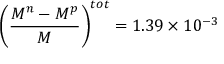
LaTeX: \left( \frac { M ^ { n } - M ^ { p } } { M } \right) ^ { t o t } = 1 . 3 9 \times 1 0 ^ { - 3 }